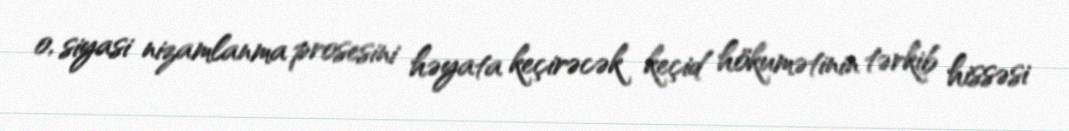
o, siyasi nizamlanma prosesini həyata keçirəcək keçid hökumətinin tərkib hissəsi